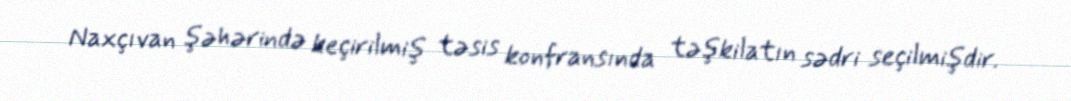
Naxçıvan şəhərində keçirilmiş təsis konfransında təşkilatın sədri seçilmişdir.